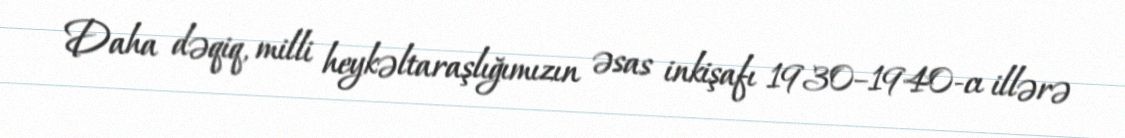
Daha dəqiq, milli heykəltaraşlığımızın əsas inkişafı 1930–1940-cı illərə